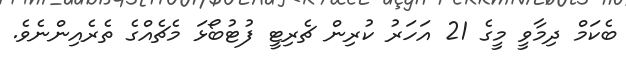
ބެކަމް ދިމާވީ މީގެ 21 އަހަރު ކުރިން ޗެރިޓީ ފުޓުބޯޅަ މެޗެއްގެ ތެރެއިންނެވެ.